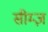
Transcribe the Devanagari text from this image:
सीम्ज़